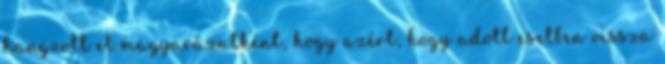
hangzott el magyarázatként, hogy azért, hogy adott esetben vissza